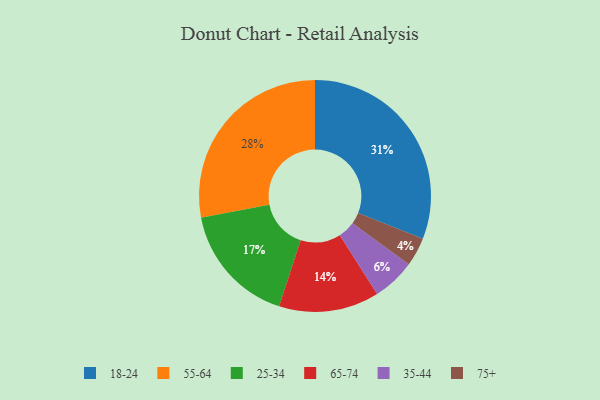
{"axis": {"x": "Category", "y": "Percentage"}, "legend": ["18-24", "25-34", "35-44", "55-64", "65-74", "75+"], "data": [{"x": "35-44", "y": 6, "type": "35-44"}, {"x": "18-24", "y": 31, "type": "18-24"}, {"x": "25-34", "y": 17, "type": "25-34"}, {"x": "65-74", "y": 14, "type": "65-74"}, {"x": "75+", "y": 4, "type": "75+"}, {"x": "55-64", "y": 28, "type": "55-64"}]}